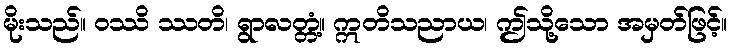
မိုးသည်။ ဝဿိ ဿတိ၊ ရွာလတ္တံ့။ ဣတိသညာယ၊ ဤသို့သော အမှတ်ဖြင့်။